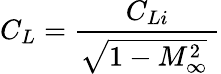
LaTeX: C_{L}=\frac{C_{Li}}{\sqrt{1-M_{\infty}^{2}}\ }